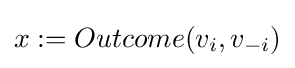
x:=Outcome(v_{i},v_{-i})